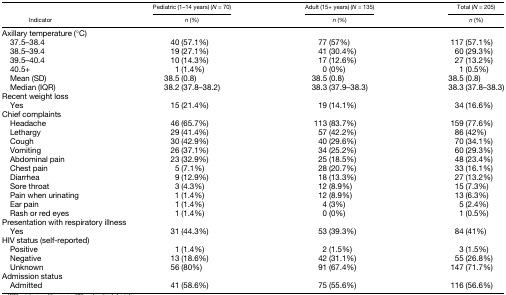
<table><thead><tr><td></td><td><b>Pediatric (1–14 years) (<i>N</i> = 70)</b></td><td><b>Adult (15+ years) (<i>N</i> = 135)</b></td><td><b>Total (<i>N</i> = 205)</b></td></tr><tr><td><b>Indicator</b></td><td><b><i>n</i> (%)</b></td><td><b><i>n</i> (%)</b></td><td><b><i>n</i> (%)</b></td></tr></thead><tbody><tr><td colspan="4">Axillary temperature (°C)</td></tr><tr><td> 37.5–38.4</td><td>40 (57.1%)</td><td>77 (57%)</td><td>117 (57.1%)</td></tr><tr><td> 38.5–39.4</td><td>19 (27.1%)</td><td>41 (30.4%)</td><td>60 (29.3%)</td></tr><tr><td> 39.5–40.4</td><td>10 (14.3%)</td><td>17 (12.6%)</td><td>27 (13.2%)</td></tr><tr><td> 40.5+</td><td>1 (1.4%)</td><td>0 (0%)</td><td>1 (0.5%)</td></tr><tr><td> Mean (SD)</td><td>38.5 (0.8)</td><td>38.5 (0.8)</td><td>38.5 (0.8)</td></tr><tr><td> Median (IQR)</td><td>38.2 (37.8–38.2)</td><td>38.3 (37.9–38.3)</td><td>38.3 (37.8–38.3)</td></tr><tr><td colspan="4">Recent weight loss</td></tr><tr><td> Yes</td><td>15 (21.4%)</td><td>19 (14.1%)</td><td>34 (16.6%)</td></tr><tr><td colspan="4">Chief complaints</td></tr><tr><td> Headache</td><td>46 (65.7%)</td><td>113 (83.7%)</td><td>159 (77.6%)</td></tr><tr><td> Lethargy</td><td>29 (41.4%)</td><td>57 (42.2%)</td><td>86 (42%)</td></tr><tr><td> Cough</td><td>30 (42.9%)</td><td>40 (29.6%)</td><td>70 (34.1%)</td></tr><tr><td> Vomiting</td><td>26 (37.1%)</td><td>34 (25.2%)</td><td>60 (29.3%)</td></tr><tr><td> Abdominal pain</td><td>23 (32.9%)</td><td>25 (18.5%)</td><td>48 (23.4%)</td></tr><tr><td> Chest pain</td><td>5 (7.1%)</td><td>28 (20.7%)</td><td>33 (16.1%)</td></tr><tr><td> Diarrhea</td><td>9 (12.9%)</td><td>18 (13.3%)</td><td>27 (13.2%)</td></tr><tr><td> Sore throat</td><td>3 (4.3%)</td><td>12 (8.9%)</td><td>15 (7.3%)</td></tr><tr><td> Pain when urinating</td><td>1 (1.4%)</td><td>12 (8.9%)</td><td>13 (6.3%)</td></tr><tr><td> Ear pain</td><td>1 (1.4%)</td><td>4 (3%)</td><td>5 (2.4%)</td></tr><tr><td> Rash or red eyes</td><td>1 (1.4%)</td><td>0 (0%)</td><td>1 (0.5%)</td></tr><tr><td colspan="4">Presentation with respiratory illness</td></tr><tr><td> Yes</td><td>31 (44.3%)</td><td>53 (39.3%)</td><td>84 (41%)</td></tr><tr><td colspan="4">HIV status (self-reported)</td></tr><tr><td> Positive</td><td>1 (1.4%)</td><td>2 (1.5%)</td><td>3 (1.5%)</td></tr><tr><td> Negative</td><td>13 (18.6%)</td><td>42 (31.1%)</td><td>55 (26.8%)</td></tr><tr><td> Unknown</td><td>56 (80%)</td><td>91 (67.4%)</td><td>147 (71.7%)</td></tr><tr><td colspan="4">Admission status</td></tr><tr><td> Admitted</td><td>41 (58.6%)</td><td>75 (55.6%)</td><td>116 (56.6%)</td></tr></tbody></table>